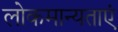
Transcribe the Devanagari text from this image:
लोकमान्यताएं